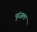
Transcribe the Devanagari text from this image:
पुरंजला